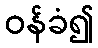
ဝန်ခံ၍